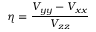
\eta = { \frac { V _ { y y } - V _ { x x } } { V _ { z z } } }